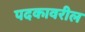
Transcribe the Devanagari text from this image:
पदकावरील